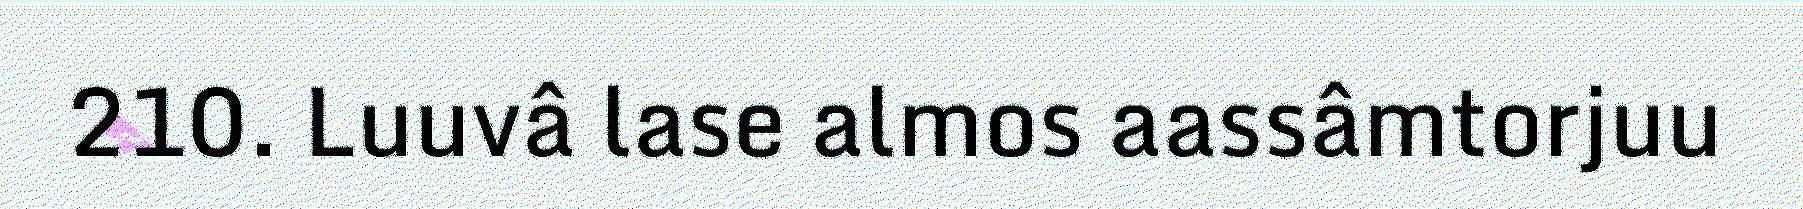
210. Luuvâ lase almos aassâmtorjuu